Indian journal of veterinary science and animal husbandry - Volume 8,
Year: 1938
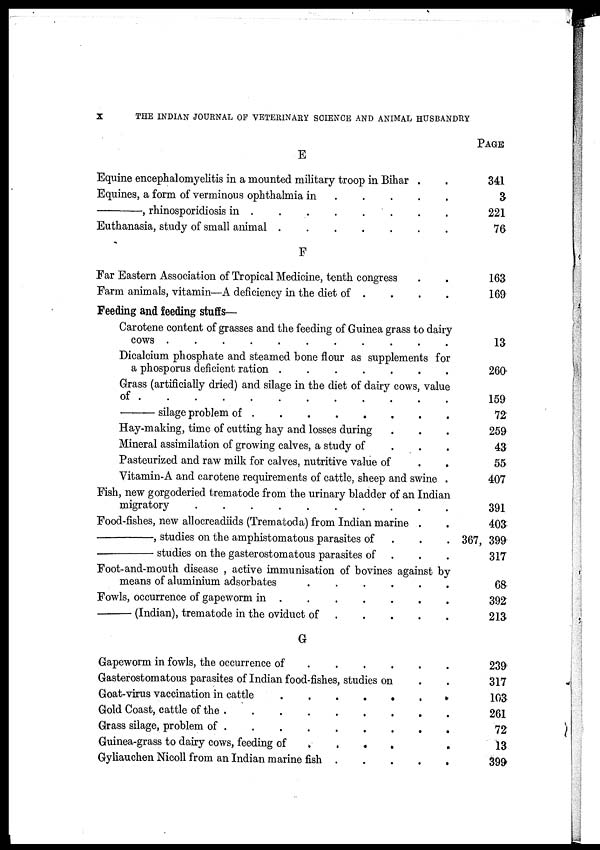
X
THE INDIAN JOURNAL OF VETERINARY SCIENCE AND ANIMAL HUSBANDRY
E
Equine encephalomyelitis in a mounted military troop in Bihar . .
Equines, a form of verminous ophthalmia in .
.
.
. .
—,
rhinosporidiosis in .
.
.
.
.
.
.
.
Euthanasia, study of small animal .
.
.
.
.
.
.
.
F
Far Eastern Association of Tropical Medicine, tenth congress . .
Farm animals, vitamin—A deficiency in the diet of . . . . .
Feeding and feeding stuffs—
Carotene content of grasses and the feeding of Guinea grass to dairy
cows . . . . . . .
Dicalcium phosphate and steamed bone flour as supplements for
a phosporus deficient ration .
.
.
.
.
.
.
Grass (artificially dried) and silage in the diet of dairy cows, value
of
.
.
.
.
.
.
.
—silage
problem of
.
.
.
.
.
.
.
Hay-making, time of cutting hay and losses during . . . . . .
Mineral assimilation of growing calves, a study of . . .
Pasteurized and raw milk for calves, nutritive value of
.
.
Vitamin-A and carotene requirements of cattle, sheep and swine .
Fish, new gorgoderied trematode from the urinary bladder of an Indian
migratory . . . . . . .
Food-fishes, new allocreadiids (Trematoda) from Indian marine . .
—,
studies on the amphistomatous parasites of . . .
—studies on the gasterostomatous parasites of . . .
Foot-and-mouth disease , active immunisation of bovines against by
means of aluminium adsorbates
.
.
.
.
.
.
Fowls, occurrence of gapeworm in
.
.
.
.
.
.
.
—(Indian),
trematode in the oviduct of . . . . . . .
G
Gapeworm in fowls, the occurrence of
.
.
.
.
.
.
.
Gasterostomatous parasites of Indian food-fishes, studies on . .
Goat-virus vaccination in cattle
.
.
.
.
.
.
.
Gold Coast, cattle of the. . . . . . . . .
Grass silage, problem of
.
.
.
.
.
.
.
Guinea-grass to dairy cows, feeding of
.
.
.
.
.
.
.
Gyliauchen Nicoll from an Indian marine fish .
.
.
.
.
PAGE
341
3
221
76
163
169
13
260
159
72
259
43
55
407
391
403
367, 399
317
68
392
213
239
317
103
261
72
13
399